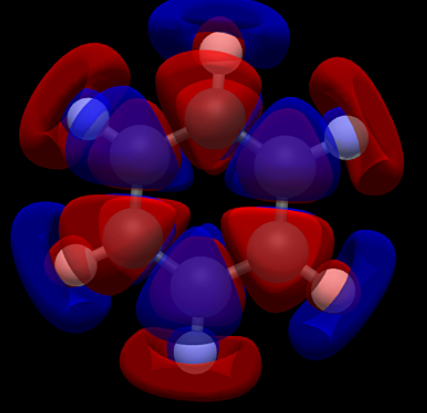
avogadro, ball and sticks, mesh, orbital